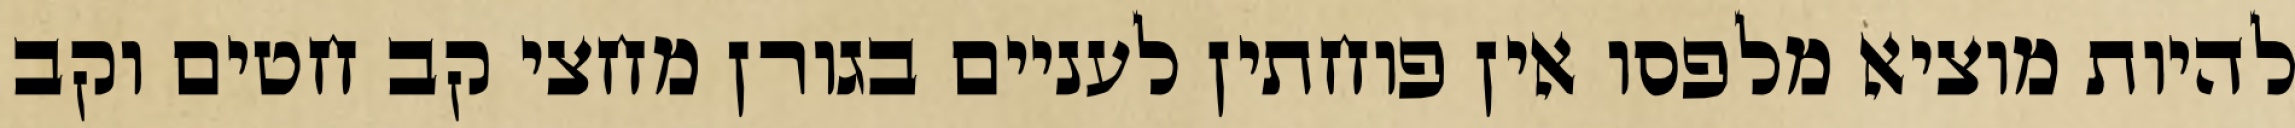
להיות מוציא מלפסו אין פוחתין לעניים בגורן מחצי קב חטים וקב